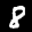
Label: 8